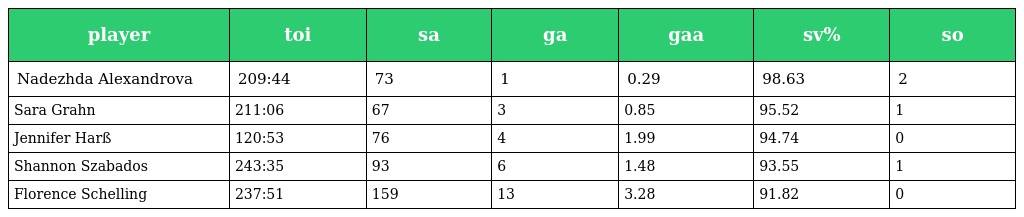
| player | toi | sa | ga | gaa | sv% | so |
 | --- | --- | --- | --- | --- | --- | --- |
 | Nadezhda Alexandrova | 209:44 | 73 | 1 | 0.29 | 98.63 | 2 |
 | Sara Grahn | 211:06 | 67 | 3 | 0.85 | 95.52 | 1 |
 | Jennifer Harß | 120:53 | 76 | 4 | 1.99 | 94.74 | 0 |
 | Shannon Szabados | 243:35 | 93 | 6 | 1.48 | 93.55 | 1 |
 | Florence Schelling | 237:51 | 159 | 13 | 3.28 | 91.82 | 0 |